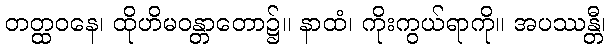
တတ္ထဝနေ၊ ထိုဟိမဝန္တာတော၌။ နာထံ၊ ကိုးကွယ်ရာကို။ အပဿန္တီ၊